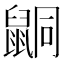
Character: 𪕙